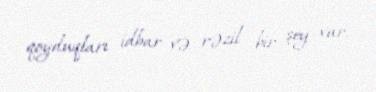
qoyduqları idbar və rəzil bir şey var.